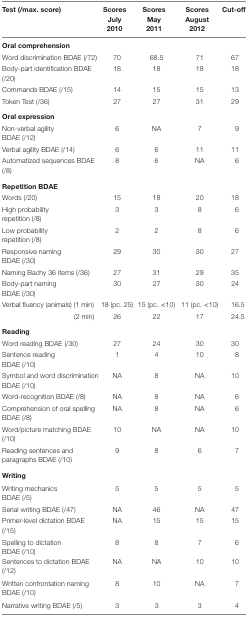
<table><thead><tr><td><b>Test (/max. score)</b></td><td><b>Scores July 2010</b></td><td><b>Scores May 2011</b></td><td><b>Scores August 2012</b></td><td><b>Cut-off</b></td></tr></thead><tbody><tr><td colspan="5"><b>Oral comprehension</b></td></tr><tr><td>Word discrimination BDAE (/72)</td><td>70</td><td>68.5</td><td>71</td><td>67</td></tr><tr><td>Body-part identification BDAE (/20)</td><td>18</td><td>18</td><td>18</td><td>18</td></tr><tr><td>Commands BDAE (/15)</td><td>14</td><td>15</td><td>15</td><td>13</td></tr><tr><td>Token Test (/36)</td><td>27</td><td>27</td><td>31</td><td>29</td></tr><tr><td colspan="5"><b>Oral expression</b></td></tr><tr><td>Non-verbal agility BDAE (/12)</td><td>6</td><td>NA</td><td>7</td><td>9</td></tr><tr><td>Verbal agility BDAE (/14)</td><td>6</td><td>6</td><td>11</td><td>11</td></tr><tr><td>Automatized sequences BDAE (/8)</td><td>8</td><td>6</td><td>NA</td><td>6</td></tr><tr><td colspan="5"><b>Repetition BDAE</b></td></tr><tr><td>Words (/20)</td><td>15</td><td>18</td><td>20</td><td>18</td></tr><tr><td>High probability repetition (/8)</td><td>3</td><td>3</td><td>8</td><td>6</td></tr><tr><td>Low probability repetition (/8)</td><td>2</td><td>2</td><td>8</td><td>6</td></tr><tr><td>Responsive naming BDAE (/30)</td><td>29</td><td>30</td><td>30</td><td>27</td></tr><tr><td>Naming Bachy 36 items (/36)</td><td>27</td><td>31</td><td>29</td><td>35</td></tr><tr><td>Body-part naming BDAE (/30)</td><td>30</td><td>27</td><td>30</td><td>24</td></tr><tr><td>Verbal fluency (animals) (1 min)</td><td>18 (pc. 25)</td><td>15 (pc. &lt;10)</td><td>11 (pc. &lt;10)</td><td>16.5</td></tr><tr><td>(2 min)</td><td>26</td><td>22</td><td>17</td><td>24.5</td></tr><tr><td colspan="5"><b>Reading</b></td></tr><tr><td>Word reading BDAE (/30)</td><td>27</td><td>24</td><td>30</td><td>30</td></tr><tr><td>Sentence reading BDAE (/10)</td><td>1</td><td>4</td><td>10</td><td>8</td></tr><tr><td>Symbol and word discrimination BDAE (/10)</td><td>NA</td><td>8</td><td>NA</td><td>10</td></tr><tr><td>Word-recognition BDAE (/8)</td><td>NA</td><td>8</td><td>NA</td><td>6</td></tr><tr><td>Comprehension of oral spelling BDAE (/8)</td><td>NA</td><td>8</td><td>NA</td><td>6</td></tr><tr><td>Word/picture matching BDAE (/10)</td><td>10</td><td>NA</td><td>NA</td><td>10</td></tr><tr><td>Reading sentences and paragraphs BDAE (/10)</td><td>9</td><td>8</td><td>6</td><td>7</td></tr><tr><td colspan="5"><b>Writing</b></td></tr><tr><td>Writing mechanics BDAE (/5)</td><td>5</td><td>5</td><td>5</td><td>5</td></tr><tr><td>Serial writing BDAE (/47)</td><td>NA</td><td>46</td><td>NA</td><td>47</td></tr><tr><td>Primer-level dictation BDAE (/15)</td><td>NA</td><td>15</td><td>15</td><td>15</td></tr><tr><td>Spelling to dictation BDAE (/10)</td><td>8</td><td>8</td><td>7</td><td>6</td></tr><tr><td>Sentences to dictation BDAE (/12)</td><td>NA</td><td>NA</td><td>10</td><td>10</td></tr><tr><td>Written confrontation naming BDAE (/10)</td><td>8</td><td>10</td><td>NA</td><td>7</td></tr><tr><td>Narrative writing BDAE (/5)</td><td>3</td><td>3</td><td>3</td><td>4</td></tr></tbody></table>